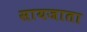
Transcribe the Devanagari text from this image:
सायजाता